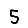
Digit: 5